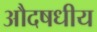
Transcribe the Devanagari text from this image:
औदषधीय